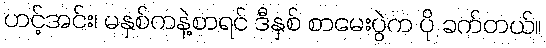
ဟင့်အင်း၊ မနှစ်ကနဲ့စာရင် ဒီနှစ် စာမေးပွဲက ပို ခက်တယ်။